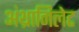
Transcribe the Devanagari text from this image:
अंथ्रानिलेट